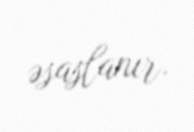
əsaslanır.